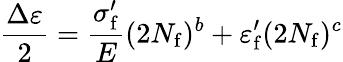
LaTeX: {\frac{\Delta\varepsilon}{2}}={\frac{\sigma_{\mathrm{f}}^{\prime}}{E}}(2N_{\mathrm{f}})^{b}+\varepsilon_{\mathrm{f}}^{\prime}(2N_{\mathrm{f}})^{c}